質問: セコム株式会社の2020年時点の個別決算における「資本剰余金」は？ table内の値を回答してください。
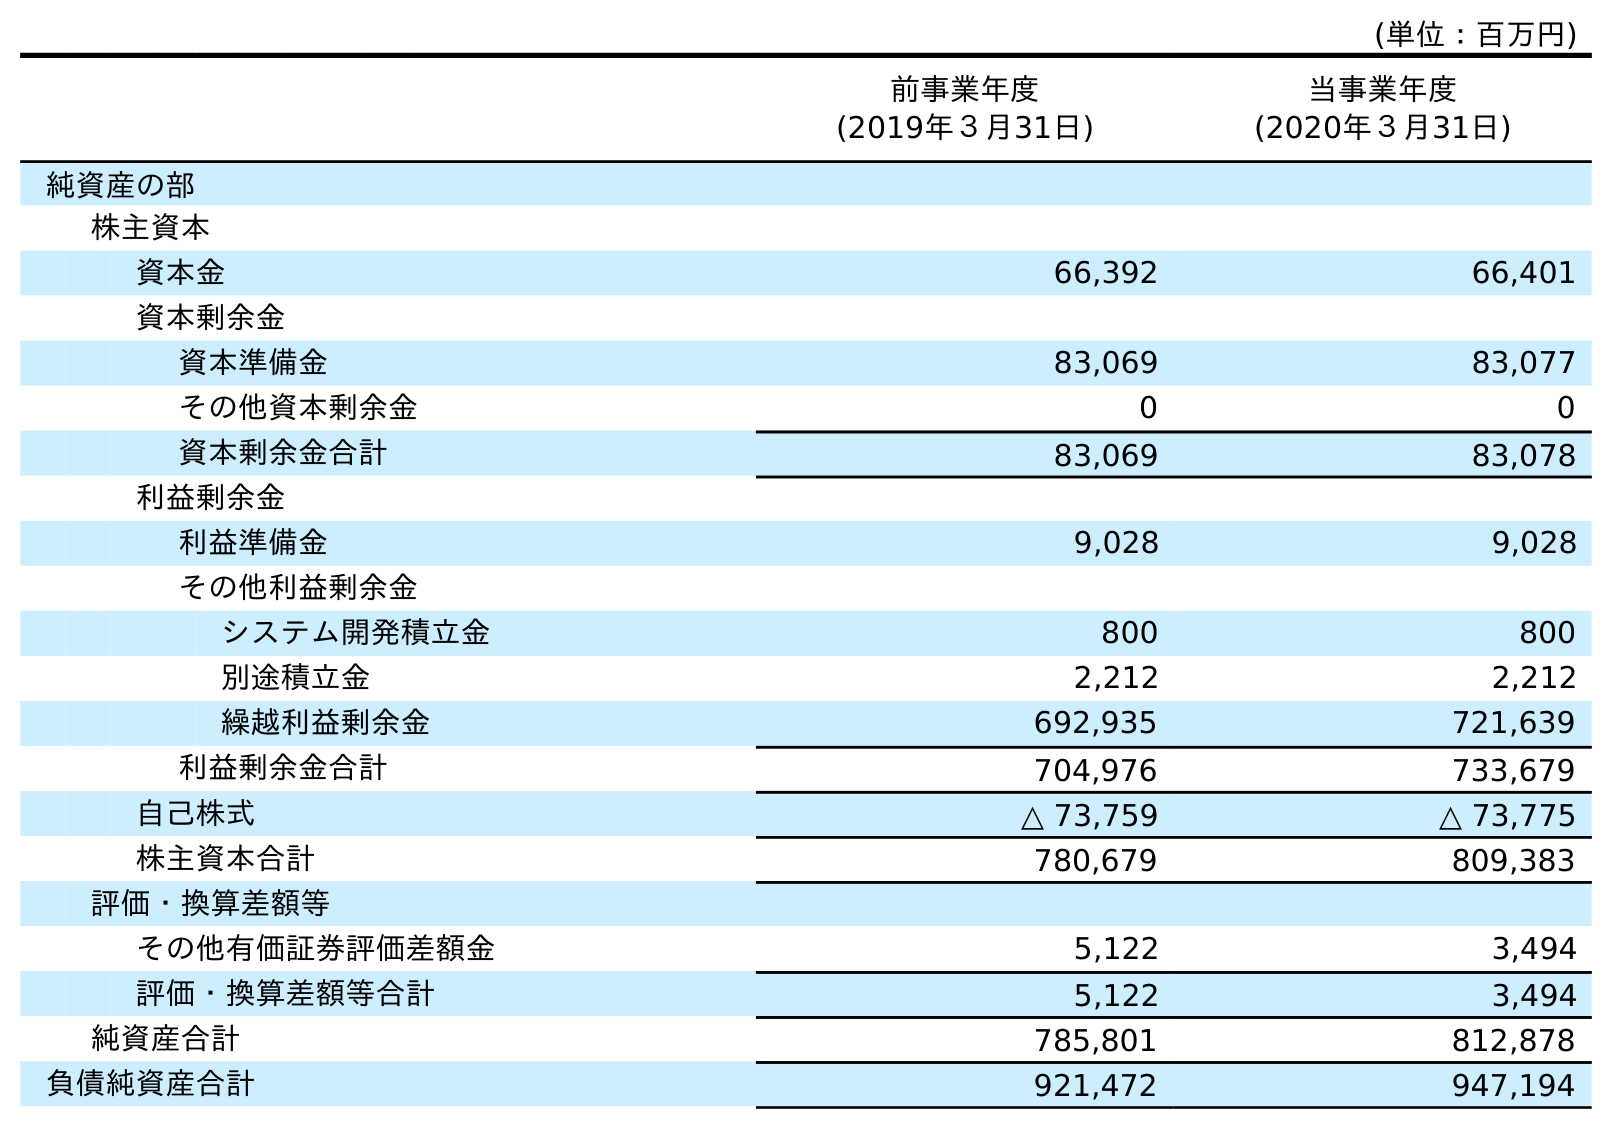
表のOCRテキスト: (単位：百万円) 前事業年度 (2019年３月31日) 当事業年度 (2020年３月31日) 純資産の部 株主資本 資本金 66,392 66,401 資本剰余金 資本準備金 83,069 83,077 その他資本剰余金 0 0 資本剰余金合計 83,069 83,078 利益剰余金 利益準備金 9,028 9,028 その他利益剰余金 システム開発積立金 800 800 別途積立金 2,212 2,212 繰越利益剰余金 692,935 721,639 利益剰余金合計 704,976 733,679 自己株式 △ 73,759 △ 73,775 株主資本合計 780,679 809,383 評価・換算差額等 その他有価証券評価差額金 5,122 3,494 評価・換算差額等合計 5,122 3,494 純資産合計 785,801 812,878 負債純資産合計 921,472 947,194
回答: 83,078